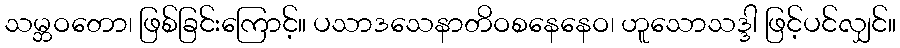
သမ္ဘဝတော၊ ဖြစ်ခြင်းကြောင့်။ ပသာဒသေနာတိဝစနေနေဝ၊ ဟူသောသဒ္ဒါ ဖြင့်ပင်လျှင်။